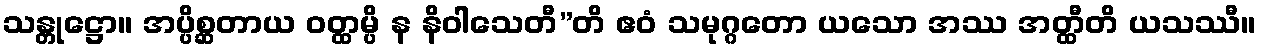
သန္တုဋ္ဌော။ အပ္ပိစ္ဆတာယ ဝတ္ထမ္ပိ န နိဝါသေတီ”တိ ဧဝံ သမုဂ္ဂတော ယသော အဿ အတ္ထီတိ ယသဿီ။